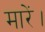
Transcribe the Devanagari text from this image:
मारें।